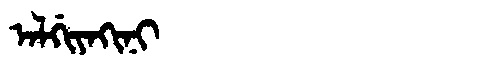
Manchu: ᠠᠯᡤᡳᠶᠠᡴᡳᠨᡳ
Romanization: ALGIYAKINI